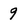
Character: 9